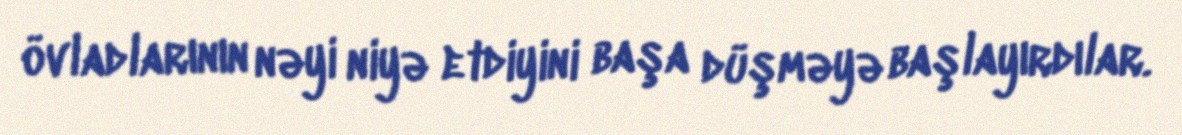
övladlarının nəyi niyə etdiyini başa düşməyə başlayırdılar.